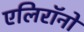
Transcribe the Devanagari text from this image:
एलिरॉनों